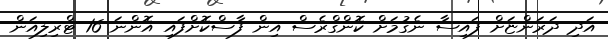
އަދި ދަރަންޏަށް ފައިސާ ނެގުމަށް ކޮންގްރެސް އިން ފާސްކޮށްފައި އޮންނަ 16 ޓްރިލިއަން